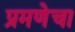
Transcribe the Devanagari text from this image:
प्रमणेचा